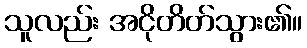
သူလည်း အငိုတိတ်သွား၏။